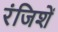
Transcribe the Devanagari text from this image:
रंजिशें